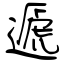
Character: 遞